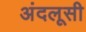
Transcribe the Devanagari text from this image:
अंदलूसी